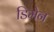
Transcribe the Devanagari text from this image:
डिमेन